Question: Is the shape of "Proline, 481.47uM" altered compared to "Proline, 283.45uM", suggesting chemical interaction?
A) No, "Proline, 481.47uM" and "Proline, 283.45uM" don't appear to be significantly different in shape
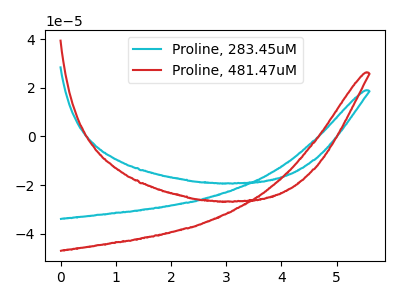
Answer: <think>The cyan curve "Proline, 283.45uM" has no peaks. The red curve "Proline, 481.47uM" has no peaks.
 Neither "Proline, 481.47uM" or "Proline, 283.45uM" have any peaks.</think>
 <answer>A) No, "Proline, 481.47uM" and "Proline, 283.45uM" don't appear to be significantly different in shape</answer>
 <eval>A</eval>